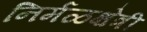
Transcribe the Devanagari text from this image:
निर्मळक्षेत्री